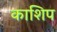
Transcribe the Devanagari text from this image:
काशिप